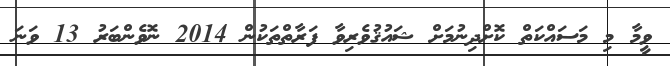
ވީމާ މި މަސައްކަތް ކޮށްދިނުމަށް ޝައުޤުވެރިވާ ފަރާތްތަކުން 2014 ނޮވެންބަރު 13 ވަނަ